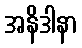
အနိဒါနာ